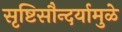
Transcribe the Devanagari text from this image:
सृष्टिसौन्दर्यामुळे